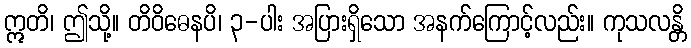
ဣတိ၊ ဤသို့။ တိဝိဓေနပိ၊ ၃-ပါး အပြားရှိသော အနက်ကြောင့်လည်း။ ကုသလန္တိ